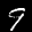
Label: 9